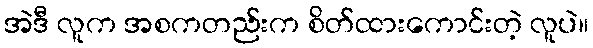
အဲဒီ လူက အစကတည်းက စိတ်ထားကောင်းတဲ့ လူပဲ။